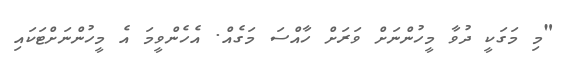
"މި މަގަކީ ދުވާ މީހުންނަށް ވަރަށް ހާއްސަ މަގެއް. އެހެންވީމަ އެ މީހުންނަށްޓަކައި